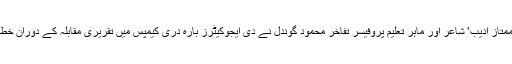
ان خیالات کا اظہار ممتاز ادیب’ شاعر اور ماہر تعلیم پروفیسر تفاخر محمود گوندل نے دی ایجوکیٹرز بارہ دری کیمپس میں تقریری مقابلہ کے دوران خطاب کرتے ہوئے کیا۔